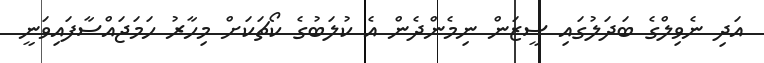
އަދި ނެވިލްގެ ބަދަލުގައި ސީޒަން ނިމެންދެން އެ ކުލަބުގެ ކޯޗަކަށް މިހާރު ހަމަޖައްސާފައިވަނީ